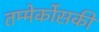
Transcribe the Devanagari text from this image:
तम्मेर्कोसकी